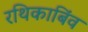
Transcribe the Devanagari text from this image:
रथिकाबिंव